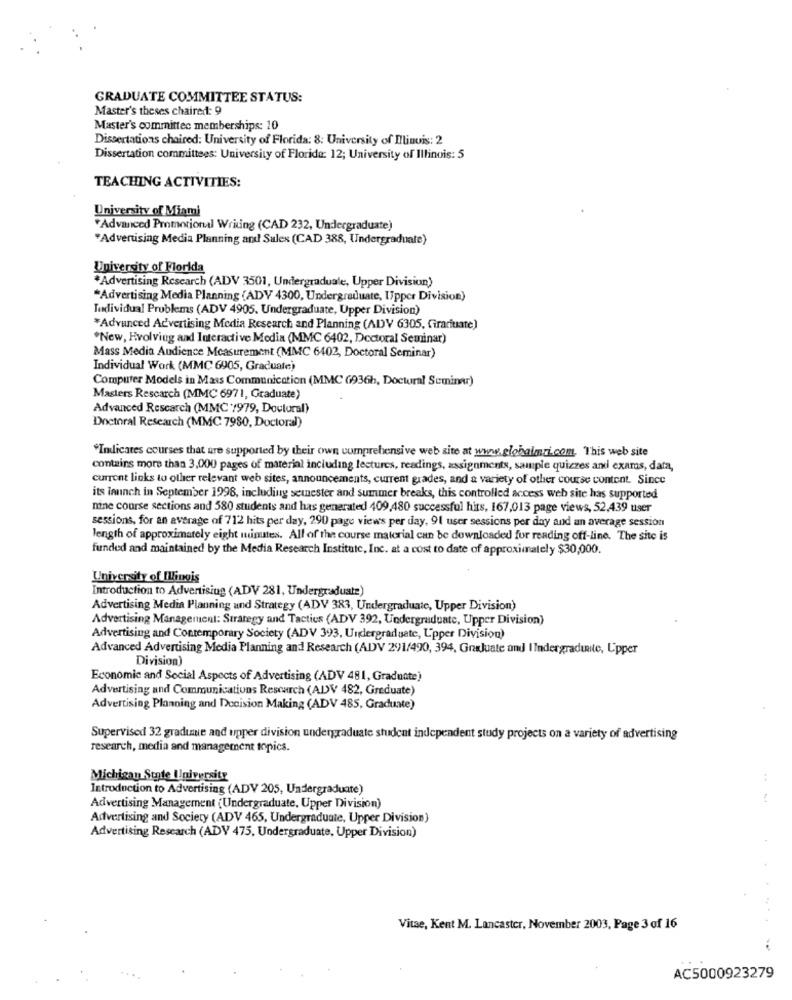
GRADUATE COMMITTEE STATUS:
Master's theses chaired: 9
Master's committee memberships: 10
Dissertations chaired: University of Florida: 8: University of Illinois: 2
Dissertation committees: University of Florida: 12; University of Illinois: 5
TEACHING ACTIVITIES:
University of Miami
"Advanced Promotional Writing (CAD 232, Undergraduate)
*Advertising Media Planning and Sulex (CAD 388, Undergraduate)
University of Florida
*Advertising Research (ADV 3501, Undergraduale, Upper Division)
*Advertising Media Planning (ADV 4300, Undergraduate, Upper Division)
Individual Problems (ADV 4905. Undergraduate, Upper Division)
*Advanced Advertising Media Research and Planning (ADV 6305, firariuate)
*New, Evolving and Interactive Media (MMC 6402, Doctoral Seminar)
Mass Media Audience Measurement (MMC 6402, Doctoral Seminar)
Individual Work (MMC 6905, Graduate)
Computer Models in Mass Communication (MMC (936h, Doctural Seminar)
Masters Rescarch (MMC 6971, Graduate)
Advanced Research (MMC /979, Doulural)
Doctoral Research (MMC 7980, Doctoral)
*Indicates courses that are supported by their own comprehensive web site at www.globalmri.com. This web site
contains more than 3,000 pages of material including lectures, readings, assignments, sample quizzes and exams, data,
current links to other relevant web sites, announcements, current grades, and a variety of other course content. Since
its imunch in September 1998, including semester and summer breaks, this controlled access web site has supported
nine course sections and 580 students and has generated 409,480 successful hits, 167,013 page views, 52,439 user
sessions, for an average of 712 hits per day, 290 page views per day, 91 user sessions per day and an average session
length of approximately eight minutes. All of the course material can be downloaded for reading off-line. The site is
funded and maintained by the Media Research Institute, Inc. at a cost to date of approximately $30,000.
University of Illinois
Introduction to Advertising (ADV 281, Undergraduate)
Advertising Media Planning and Strategy (ADV 383, Undergraduate, Upper Division)
Advertising Management: Strategy and Tactics (ADV 392, Undergraduate, Upper Division)
Advertising and Contemporary Society (ADV 393, Undergraduate, L'pper Division)
Advanced Advertising Media Planning and Research (ADV 291/490, 394, GraJuate and I Indergraduate, Lipper
Division)
Economic and Social Aspects of Advertising (ADV 481, Graduate)
Advertising and Communications Rescarch (AL)V 482, Graduate)
Advertising Planning and Decision Making (ADV 485, Graduate)
Supervised 32 gradune and upper division undergraduate student independent study projects on a variety of advertising
research, media and management topics.
Michigan State University
:
Introduction to Advertising (ADV 205, Undergraduate)
Advertising Management (Undergraduate, Upper Division)
Advertising and Society (ADV 465, Undergraduate, Upper Division}
Advertising Research (ADV 475, Undergraduate, Upper Division)
Vitae, Kent M. Lancaster, November 2003, Page 3 of 16
-
AC5000923279